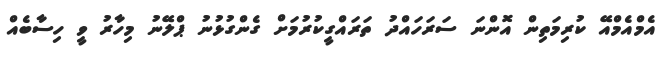
އެމްއެމްއޭ ކުރިމަތިން އޮންނަ ސަރަހައްދު ތަރައްގީކުރުމަށް ގެންގުޅުނު ޕްލޭނު މިހާރު ވީ ހިސާބެއް